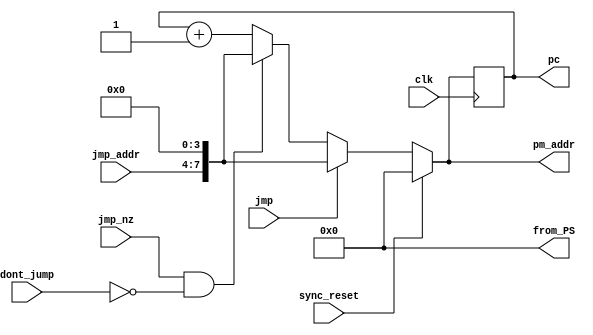
module program_sequencer
(
	input clk, sync_reset,
	input jmp, jmp_nz, dont_jump,
	input [3:0] jmp_addr,
	output reg [7:0] pm_addr, pc,

	// for final exam
	output reg [7:0] from_PS
);

//always @ *					// for final exam
//	from_PS = pc;			// change to "from_PS = 8'h0" upon entering the exam

always @ *
	from_PS = 8'h0;

always @ (posedge clk)
	pc = pm_addr;

always @ (*)
	if (sync_reset == 1'd1)
		pm_addr = 8'h00;
	else if (jmp == 1'd1)
		pm_addr = {jmp_addr, 4'h0};
	else if (jmp_nz == 1'd1 && dont_jump == 1'd0)
		pm_addr = {jmp_addr, 4'h0};
	else
		pm_addr = pc + 8'h01;

endmodule